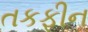
તકફીન